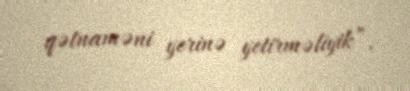
qətnaməni yerinə yetirməliyik”.